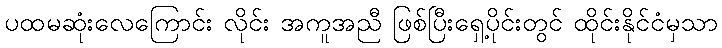
ပထမဆုံးလေကြောင်း လိုင်း အကူအညီ ဖြစ်ပြီးရှေ့ပိုင်းတွင် ထိုင်းနိုင်ငံမှသာ